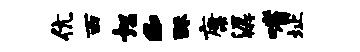
伉西恕c酥康潺嗜址